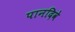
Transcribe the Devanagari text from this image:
पानदिवे